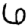
Digit: 6